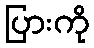
ပြားကို